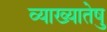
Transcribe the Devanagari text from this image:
व्याख्यातेषु